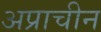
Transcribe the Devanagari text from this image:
अप्राचीन